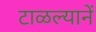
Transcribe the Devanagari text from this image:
टाळल्यानें